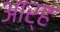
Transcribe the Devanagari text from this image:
आर्‍ह